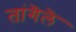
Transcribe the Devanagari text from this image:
तांगॆलॆ